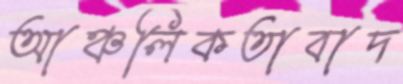
আঞ্চলিকতাবাদ